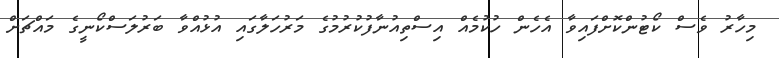
މިހާރު ވެސް ކޯޓުންކޮށްފައިވާ އެހެން ހުކުމެއް އިސްތިއުނާފުކުރުމުގެ މަރުހަލާގައި އުޅުއްވާ ބަރުލަސްކޯނީގެ މައްޗަށް